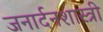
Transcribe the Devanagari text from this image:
जनार्दनशास्त्री